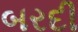
બરદી